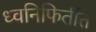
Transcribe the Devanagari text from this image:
ध्वनिफितींत